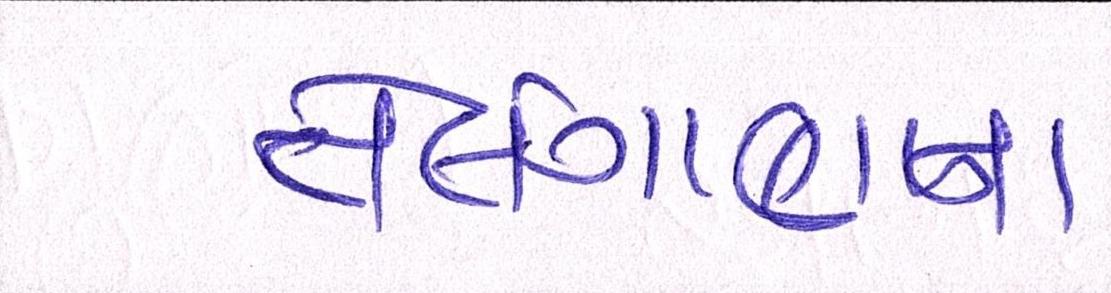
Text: તેલંગાણાના